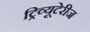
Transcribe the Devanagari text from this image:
ट्रिव्यूटेरीज